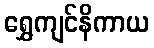
ရွှေကျင်နိကာယ